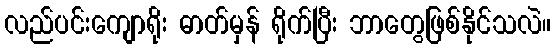
လည်ပင်းကျောရိုး ဓာတ်မှန် ရိုက်ပြီး ဘာတွေဖြစ်နိုင်သလဲ။